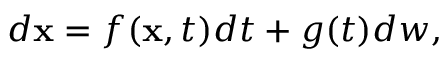
\begin{array} { r } { d \mathbf { x } = f ( \mathbf { x } , t ) d t + g ( t ) d w , } \end{array}